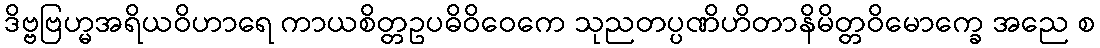
ဒိဗ္ဗဗြဟ္မအရိယဝိဟာရေ ကာယစိတ္တဥပဓိဝိဝေကေ သုညတပ္ပဏိဟိတာနိမိတ္တဝိမောက္ခေ အညေ စ